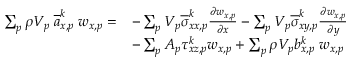
\begin{array} { r l } { \sum _ { p } \rho V _ { p } \; \overline { { a } } _ { x , p } ^ { k } \; w _ { x , p } = } & { - \sum _ { p } V _ { p } \overline { { \sigma } } _ { x x , p } ^ { k } \frac { \partial w _ { x , p } } { \partial x } - \sum _ { p } V _ { p } \overline { { \sigma } } _ { x y , p } ^ { k } \frac { \partial w _ { x , p } } { \partial y } } \\ & { - \sum _ { p } A _ { p } \tau _ { x z , p } ^ { k } w _ { x , p } + \sum _ { p } \rho V _ { p } b _ { x , p } ^ { k } \; w _ { x , p } } \end{array}